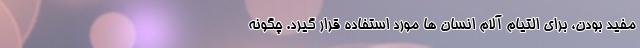
مفید بودن، برای التیام آلام انسان ها مورد استفاده قرار گیرد. چگونه